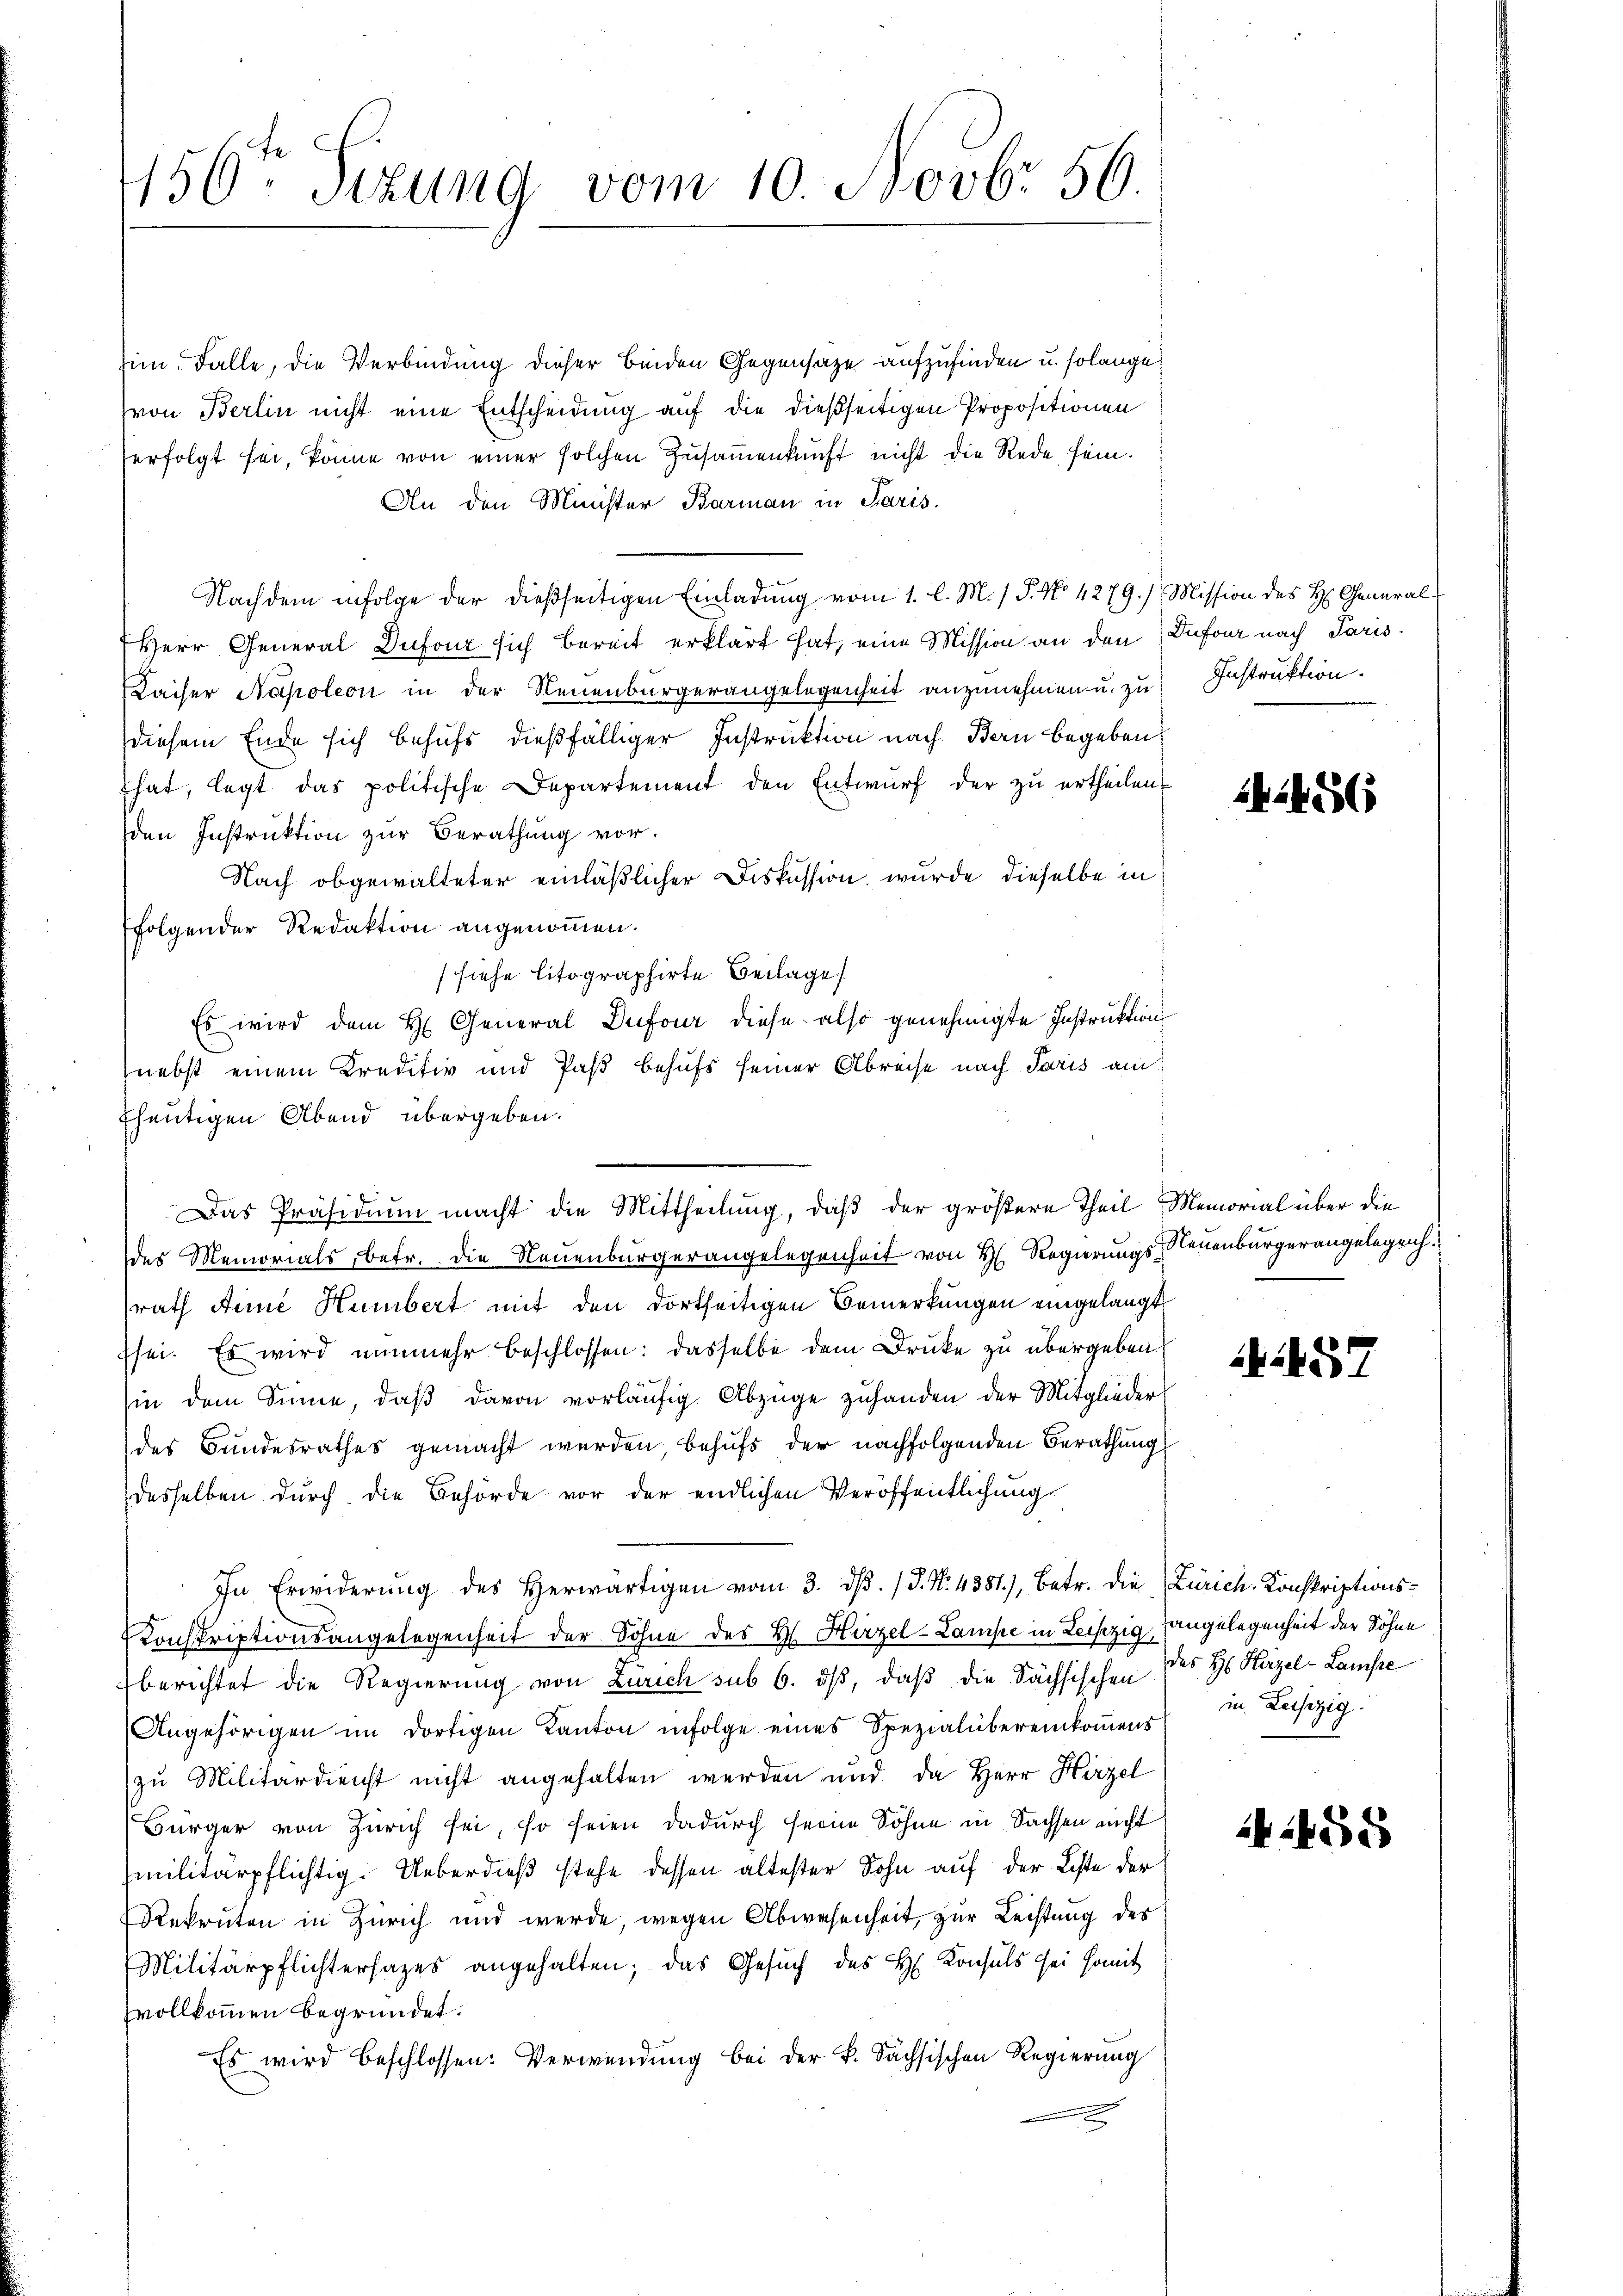
1156. Sizung vom 10. Novbr 56.

sim Falle, die Verbindung dieser beiden Gegensatze aufzufinden u. solange
von Berlin nicht eine Entscheidung auf die dießseitigen Propositionen
erfolgt sei, könne von einer solchen Zusammenkunft nicht die Rede sein.
An den Minister Barman in Paris.
Nachdem infolge der dießseitigen Einladŭng vom 1. l. M. / P. No 4279.) Mission des H. General
Herr General Dufour sich bereit erklärt hat, eine Mission an den
Kaiser Napoleon in der Neuenburgerangelegenheit anzunehmen u. zu
diesem Ende sich behufs dießfälliger Instruktion nach Bern begeben
hat, legt das politische Departement den Entwurf der zu ertheilen.
den Instruktion zur Berathung vor.
Nach obgewalteter einläßlicher Diskussion, wurde dieselbe in
folgender Redaktion angenommen.
siehe litographirte Beilage
Es wird dem H. General Dufour diese also genehmigte Instruktion
nebst einem Kreditiv und Paß behufs seiner Abreise nach Paris am
fheutigen Abend übergeben.
des Memorials, betr. die Neuenburgerangelegenheit von H. Regierungssrath Arne Humbert mit den dortseitigen Bemerkungen eingelangt
Esei. Es wird nunmehr beschlossen: dasselbe dem Druke zu übergeben
(in dem Sinne, daß davon vorläufig. Abzüge zuhanden der Mitglieder
des Bundesrathes gemacht werden, behufs der nachfolgenden Berathung
desselben durch die Behörde vor der endlichen Veröffentlichung
In Erwiderŭng des herwärtigen vom 3. dβ. / 5. No. 4381), Betr. die
Konskriptionsangelegenheit der Sohne des Hs. Hirzel-Lampe in Leipzig,
berichtet die Regierung von Zürich sub 6. dβ, daß die Sächsischen
Angehörigen im dortigen Kanton infolge eines Spezialübereinkommens
zu Militärdienst nicht angehalten werden und da Herr Hirzel
Bürger von Zürich sei, so seien dadurch seine Söhne in Sachsen nicht
militärpflichtig. Ueberdieß stehe dessen ältester Sohn auf der Liste der
Rekruten in Zürich und werde, wegen Abwesenheit, zur Leistung des
Militärpflichtersatzes angehalten; das Gesŭch des H. Konsuls sei somit
svollkommen begründet.
Es wird beschlossen: Verwendung bei der k. Sächsischen Regierung

Das Präsidium macht die Mittheilung, daß der größere Theil Memorial über die

Dufour nach Paris
Instruktion.

1456

Neuenburgerangelegenh

5

Zürich. Konskriptionsangelegenheit der Sohne
des Hs. Hirzel-Lamste
in Leiszig:

58